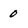
Character: 0